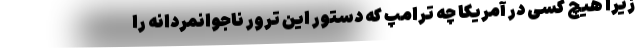
زیرا هیچ کسی در آمریکا چه ترامپ که دستور این ترور ناجوانمردانه را